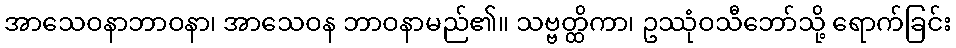
အာသေဝနာဘာဝနာ၊ အာသေဝန ဘာဝနာမည်၏။ သဗ္ဗတ္ထိကာ၊ ဥဿုံဝသီဘော်သို့ ရောက်ခြင်း